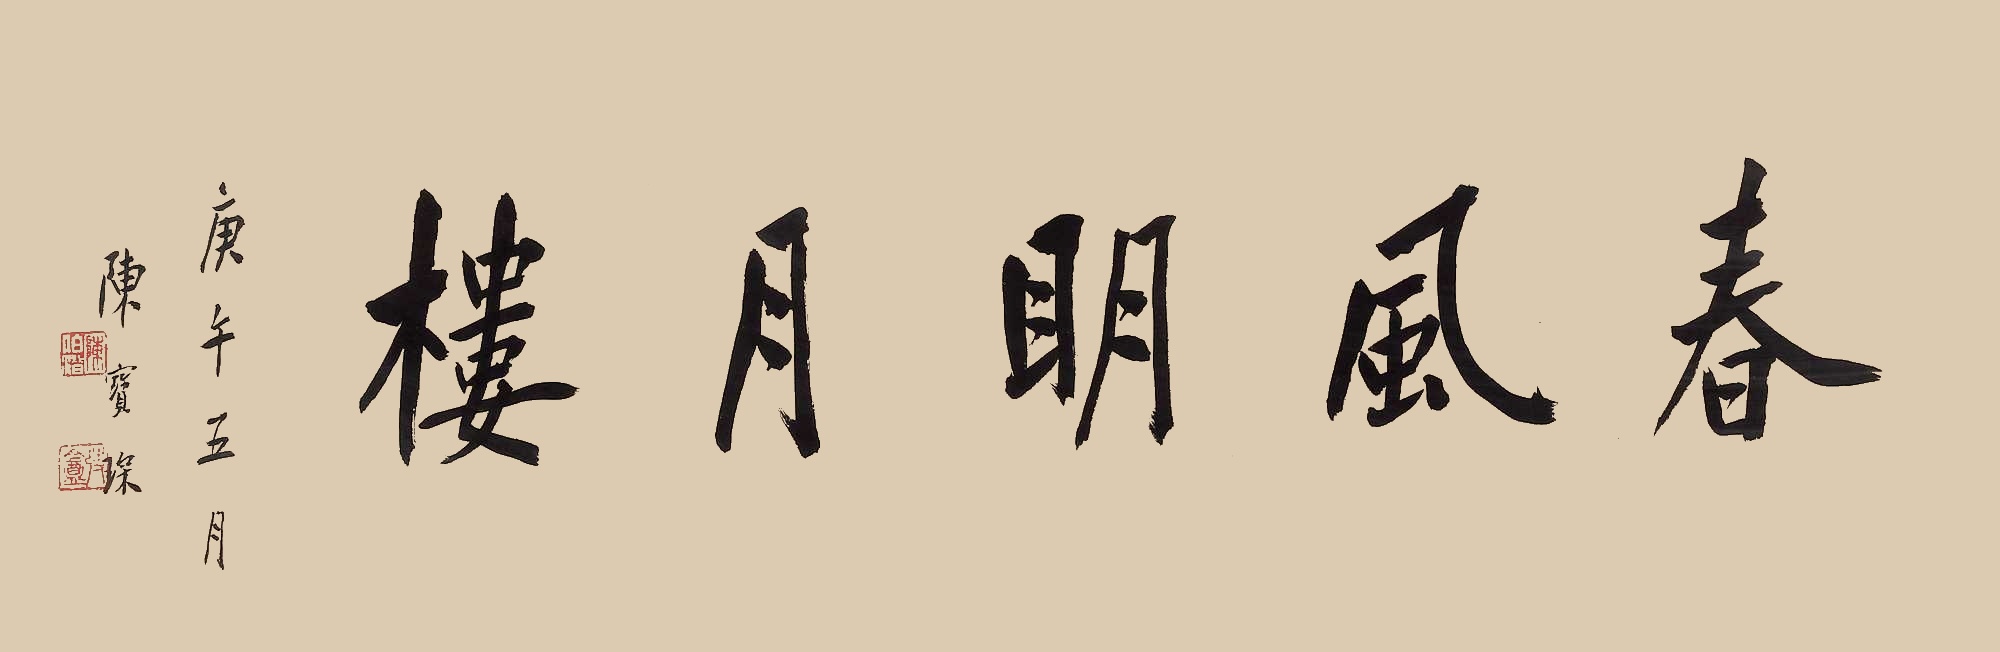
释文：春风明月楼庚午五月，陈宝琛。